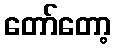
တော်တော့